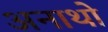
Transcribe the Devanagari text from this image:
अनाथो